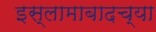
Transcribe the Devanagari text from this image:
इस्लामाबादच्या